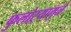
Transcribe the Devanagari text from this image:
फुलोऱ्यामुळे